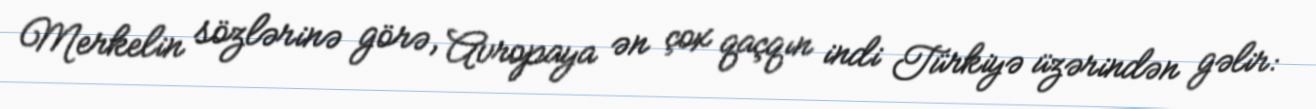
Merkelin sözlərinə görə, Avropaya ən çox qaçqın indi Türkiyə üzərindən gəlir: